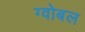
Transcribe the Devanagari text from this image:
ग्वोबल